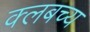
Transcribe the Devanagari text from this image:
क्लबच्य